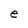
Character: e